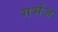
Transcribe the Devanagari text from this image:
गर्भज